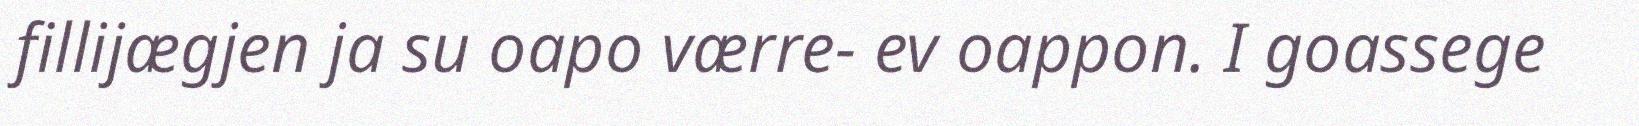
fillijægjen ja su oapo værre- ev oappon. I goassege